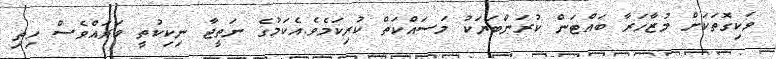
ވަކިގޮތަކަށް މުޒާހަރާ ބައްޓަން ކުރަންބަޔަކު މަސައްކަތް ކުރިކަމެވެ.އެކަމުގެ ނަތީޖާ ނިކިކުތީ ވަރައްވެސް ހިތި